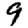
Digit: 9